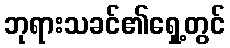
ဘုရားသခင်၏ရှေ့တွင်